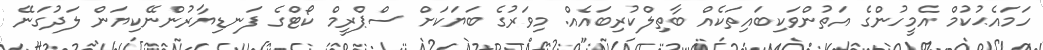
ހަމައެޙުކުމް އެމީހުންގެ އަތުންވަކިބައިތަކެއް ބާތިލްކުރިބައެއް. މިވަރުގެ ބަޔަކަށް ސްޕްރީމް ކޯޓްގެ ފަނޑިޔާރުންނޭކިޔަން ލަދުގަނޭ